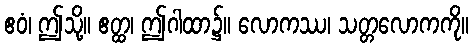
ဧဝံ၊ ဤသို့။ ဧတ္ထ၊ ဤဂါထာ၌။ လောကဿ၊ သတ္တလောကကို။